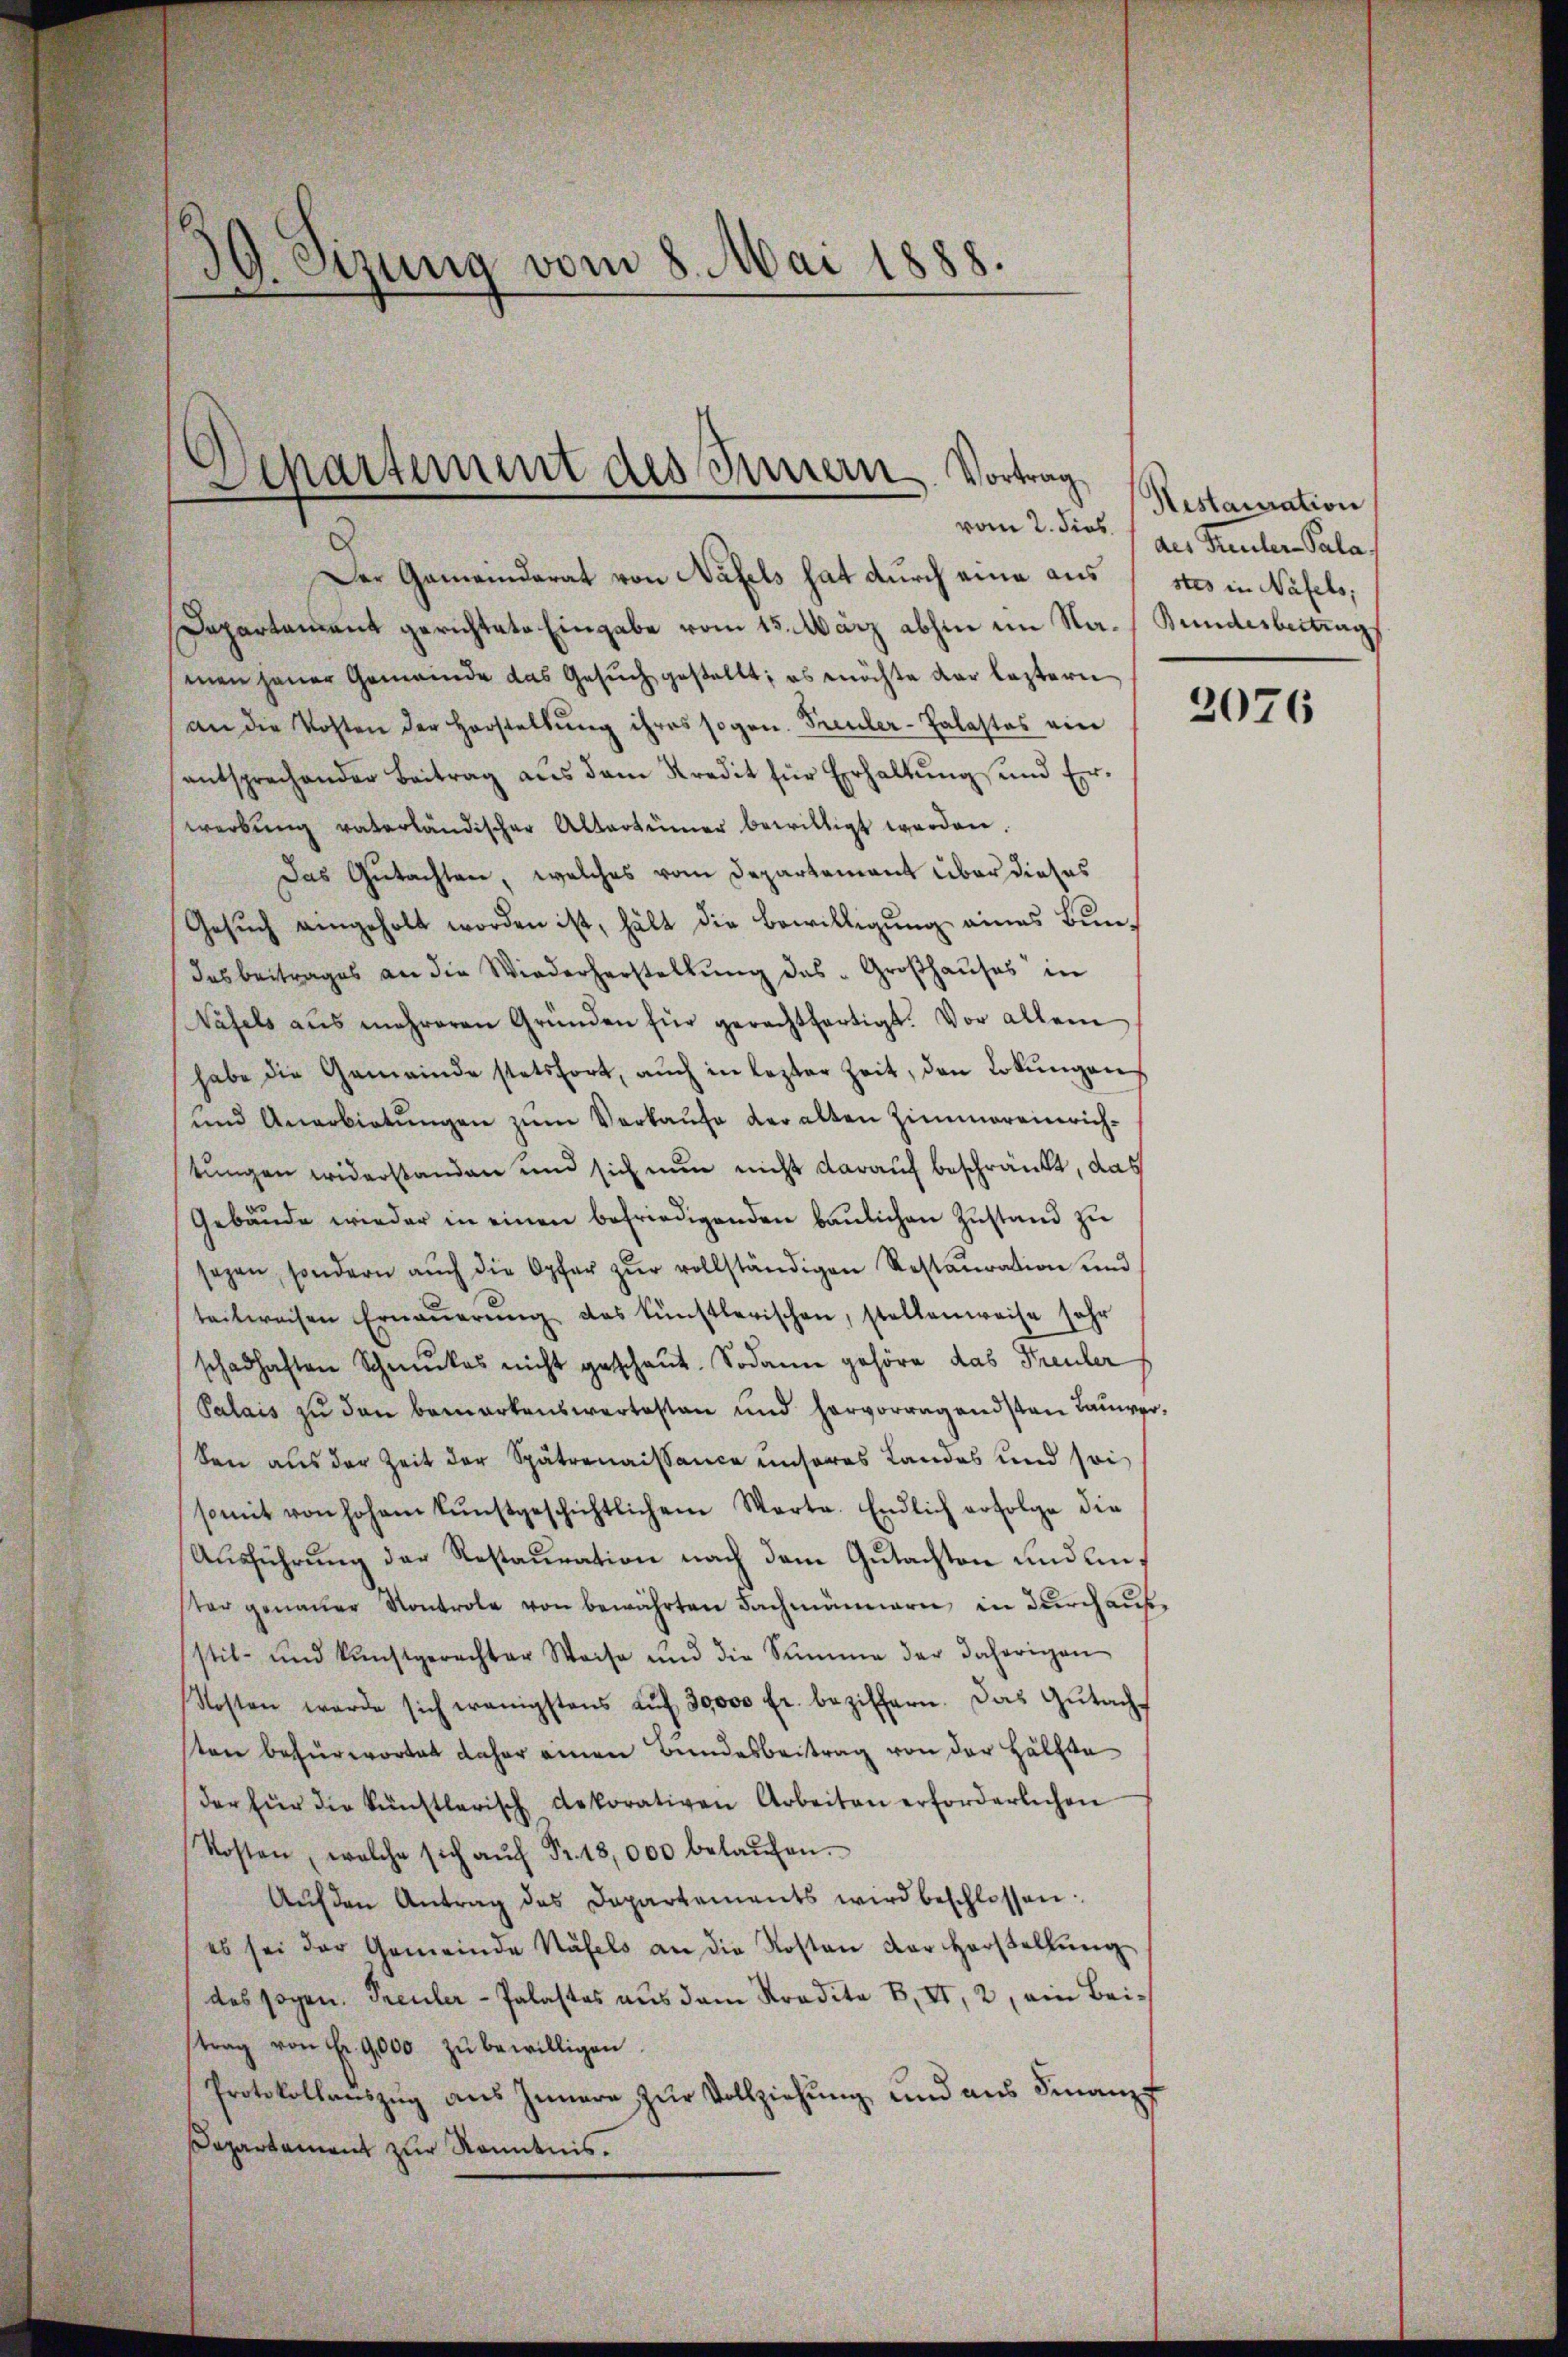
39. Sizung vom 8. Mai 1888.

Separtement des Innern. Vortrag

Der Gemeinderat von Näfels hat durch eine aus
Departament gerichtete Eingabe vom 15. März abhin im Na- Bundesbeitrag
men jener Gemeinde das Gesŭch gestellt; es möchte der leztern
an die Kosten der Herstellŭng ihres sogen. Treuler-Talastes ein
entsprechender Beitrag aus dem Kredit für Erhaltung und Erwerbŭng vaterländischer Altertümer bewilligt werden.
Das Gutachten, welches vom Departament über dieses
Gesuch eingeholt worden ist, hält die Bewilligung eines Bundas beitrages an die Wiederherstellŭng das Großhauses in
Näfels aus mehreren Gründen für gerechtfertigt. Vor allem
habe die Gemeinde stetsfort, auch in lezter Zeit, den Lotungen
und Anerbietŭngen zŭm Verkaufe der alten Zimmereinerichtungen widerstanden und sich nun nicht darauf beschränkt, das
Gebäŭde wieder in einen befriedigenden baŭlichen Zŭstand zu
sagen, sondern auch die Opfer zur vollständigen Restauration und
teitweisen Erneŭerŭng das künstlerischen, stellenweise sehr
schadhaften Schmuckes nicht geschaut. Sodann gehöre das Preuler
Palais zu dann bemerkenswertesten und hervorragendsten Tauwerken aus der Zeit der Spätronaissance unseres Landes und soi
somit von hohem kunstgeschichtlichem Warte. Endlich erfolge die
Ausführung der Restauration nach dem Gutachten und linster genauer Kontrole von bewährten Fachmännern in durchaufstil- und kunstgerechter Weise und die Summe der daherigen
Kosten werde sich wenigstens aŭf 30,000 fr. beziffern. Das Gŭtacht
sten befürwortet daher einen Bundesbeitrag von der Hälfte
der für die künstlerisch dekorativen Arbeiten erforderlichen
Kosten, welche sich aŭf Fr. 18,000 belaŭfen.
Aŭf den Antrag des Departements wird beschlossen:
es sei der Gemeinde Näfels an die Kosten der Horstellŭng
das sogen. Treuler-Palastes aus dem Stradita B. II, 2, ein Beitrag von Fr. 9,000 zŭ bewilligen.
Protokollaŭszŭg aŭs Innere zŭr Vollziehung und aus Finanz-
Departement zur Kenntnis.

Hestauration
vom 2. Sieb. / des Freuler-Pala
stes in Näfels,

2076